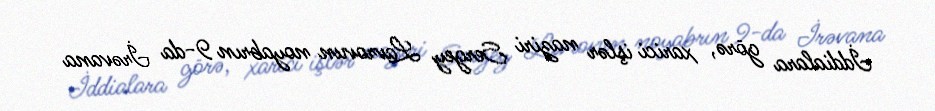
İddialara görə, xarici işlər naziri Sergey Lavrovun noyabrın 9-da İrəvana